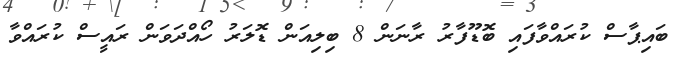
ބައިޕާސް ކުރައްވާފައި ބޮޑޫފާރު ރާނަން 8 ބިލިއަން ޑޮލަރު ހޯއްދަވަން ރައީސް ކުރައްވާ